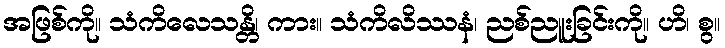
အဖြစ်ကို။ သံကိလေသန္တိ၊ ကား။ သံကိလိဿနံ၊ ညစ်ညူးခြင်းကို။ ဟိ၊ စွ။